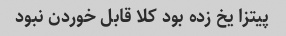
پیتزا یخ زده بود کلا قابل خوردن نبود